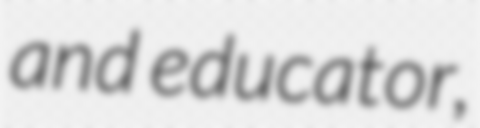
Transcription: and educator,